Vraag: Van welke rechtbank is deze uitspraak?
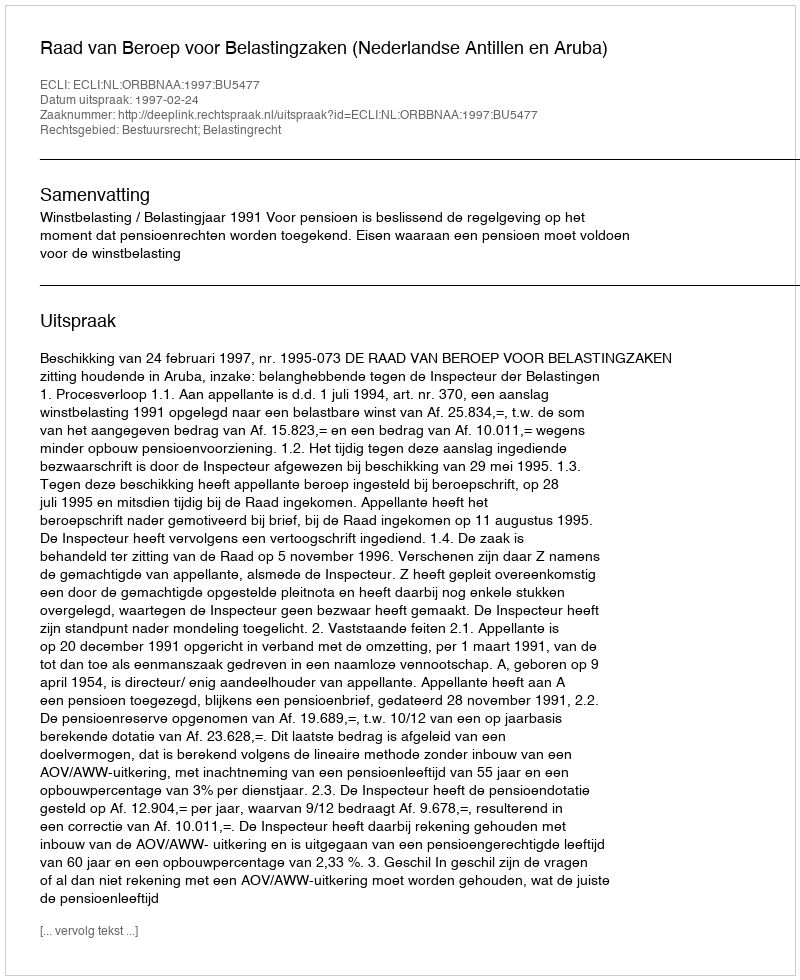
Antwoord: Raad van Beroep voor Belastingzaken (Nederlandse Antillen en Aruba)